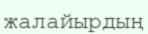
жалайырдың